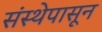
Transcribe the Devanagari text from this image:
संस्थेपासून